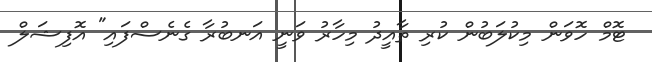
ޓޮމް ހޮވަން މިކުލަބުން ކުރި ތާއީދު މިހާރު ވަނީ އަނބުރާ ގެނެސްފައި" އޮފިޝަލް